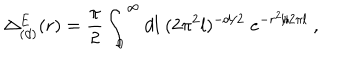
\Delta _ { ( d ) } ^ { E } ( r ) = { \frac { \pi } { 2 } } \int _ { 0 } ^ { \infty } d l \; ( 2 \pi ^ { 2 } l ) ^ { - d / 2 } \; e ^ { - r ^ { 2 } / 2 \pi l } \ ,